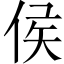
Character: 侯